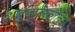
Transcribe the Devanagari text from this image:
शब्दफेकीतून